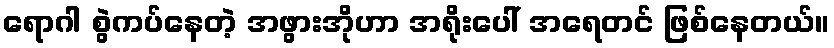
ရောဂါ စွဲကပ်နေတဲ့ အဖွားအိုဟာ အရိုးပေါ် အရေတင် ဖြစ်နေတယ်။